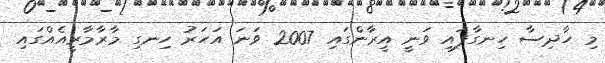
މި ހާދިސާ ހިނގާފައި ވަނީ އީރާންގައި 2007 ވަނަ އަހަރު ހިނގި މާރާމާރީއެއްގައި